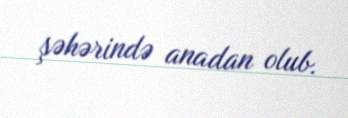
şəhərində anadan olub.